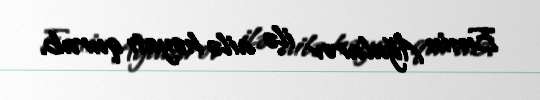
Emin Ağalarov ilə ailə həyatı qurub.